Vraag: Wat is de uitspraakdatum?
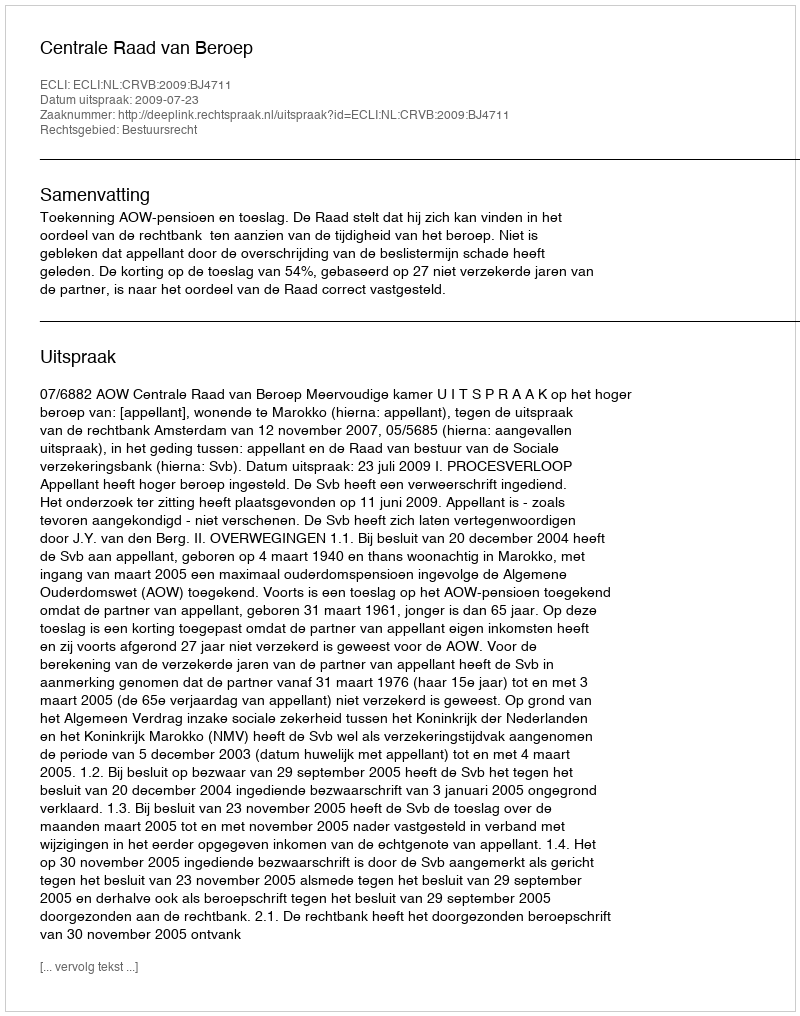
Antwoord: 2009-07-23